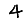
Digit: 4